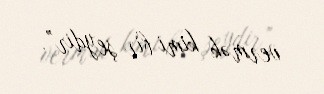
vermək kimi bir şeydir”.